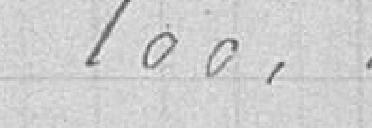
100,40